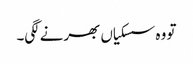
تو وہ سسکیاں بھرنے لگی۔